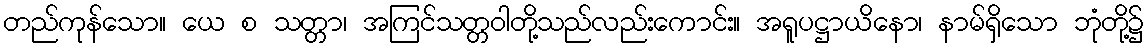
တည်ကုန်သော။ ယေ စ သတ္တာ၊ အကြင်သတ္တဝါတို့သည်လည်းကောင်း။ အရူပဋ္ဌာယိနော၊ နာမ်ရှိသော ဘုံတို့၌